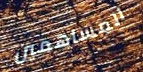
المساهمين